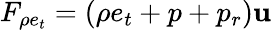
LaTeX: F_{\rho e_{t}}=(\rho e_{t}+p+p_{r})\mathbf{u}